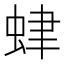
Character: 𧊐